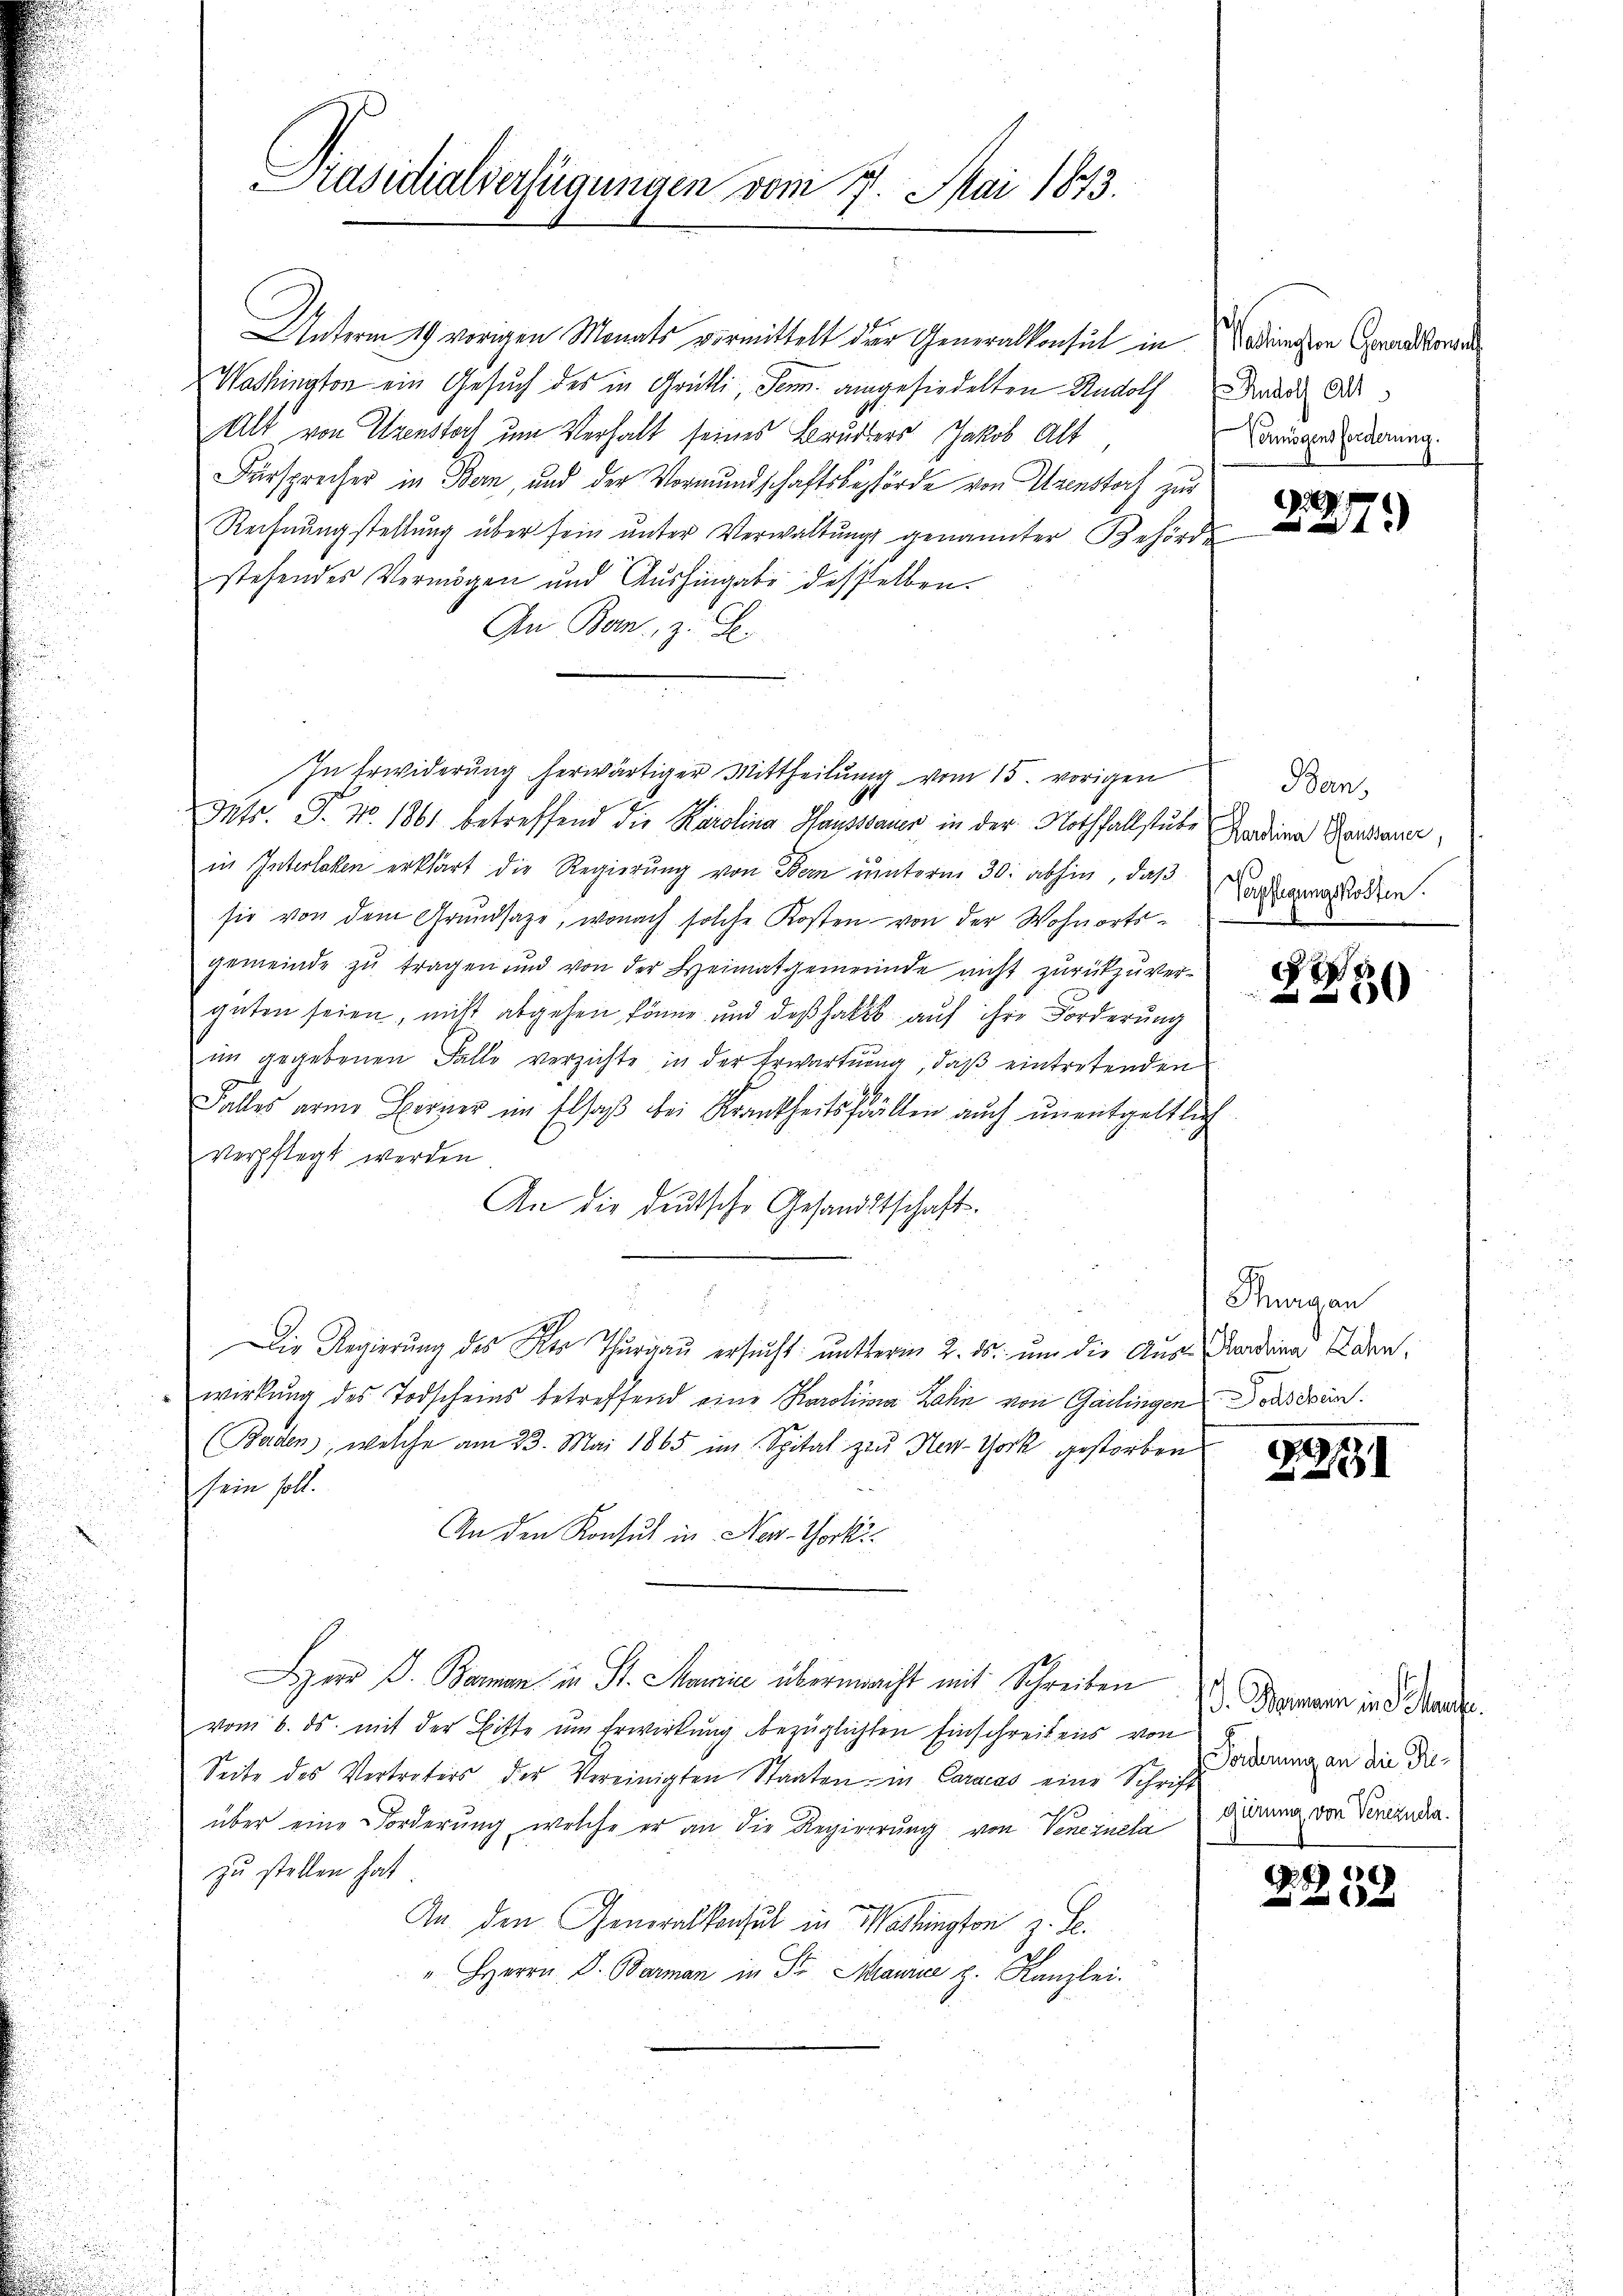
Präsidialverfügungen vom 17. Mai 1873.

Unterm 19. vorigen Monats vormittelt der Generalkonsul in Bedingen Grandsons
Washington ein Gesuch des in Grütli, dem angesiedelten Rudolf Bader Ad¬
Alt von Urenstoch um Verhalt seines Bruders Jakob Alt
Fürsprecher in Bern, und der Vormundschaftsbehörde von Urenstoch zur
Rechnungstellung über sein unter Verwaltungs genannter Behörde
stehendes Vermögen und Aŭshingabe desselben.
An Bon, z. B.
In Erwiderung herwärtiger Mittheilung vom 15. vorigen
Petr. P. Nr. 1861 betreffend die Karolina Hausssauer in der Nothfallstube
in Interlaken erklärt die Regierung von Bern unterm 30. abhin, daß
sie von dem Grŭndsaze, wonach solche Kosten von der Wohnorts-
gemeinde zu tragen und von der Heimatgemeinde nicht zurückzuverguten seien, nicht abgehen könne, und daß habes auf ihre Forderung
im gegebenen Falle verzichte in der Erwartung, daß eintretenden
Falles arme Berner im Elsaß bei Krankheitsfällen auch unentgeltlich
verpflegt werden
An die deutsche Gesandtschaft.
Die Regierung des der Thurgau ersucht unterm 2. ds. um die Aus-Kardina Eden
wirkung des Todscheins betreffend eine Karolina Zahn von Gailingen Vorsiren.
(Baden, welche am 23. Mai 1865 im Spital zu New-York gestorben
sein soll.
An den Konsul in New-Thocki
Sperr D. Baran in St. Manie übermacht mit Schreiben
vom 6. ds. mit der Bitte um Erwirkung bezüglichten Einschreibens von
Seite des Vertreters der Vereinigten Staaten in Caracas eine Schrift oderung an die Diüber eine Forderung, welche er an die Regierung von Veneinla
zu stellen hat
e
An den Generalkonsul in Washington z. B.
" HHerrn D. Barman in Sr. Maurie z. Kanzlei.

Vermögensforderung.

2
4x

Ban,
Karolina Haussauer,
Verpflegungskosten.

8
50

Purgau

Z.191

J. Kommen in Schause.
gürung von Venezuela.

881
4
e